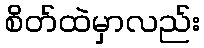
စိတ်ထဲမှာလည်း